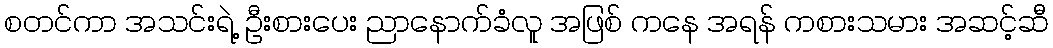
စတင်ကာ အသင်းရဲ့ ဦးစားပေး ညာနောက်ခံလူ အဖြစ် ကနေ အရန် ကစားသမား အဆင့်ဆီ